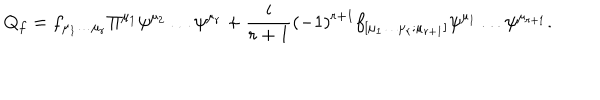
Q _ { f } = f _ { \mu _ { 1 } \dots \mu _ { r } } \Pi ^ { \mu _ { 1 } } \psi ^ { \mu _ { 2 } } \dots \psi ^ { \mu _ { r } } + \frac { i } { r + 1 } ( - 1 ) ^ { r + 1 } f _ { [ \mu _ { 1 } \dots \mu _ { r } ; \mu _ { r + 1 } ] } \psi ^ { \mu _ { 1 } } \dots \psi ^ { \mu _ { r + 1 } } . \nonumber